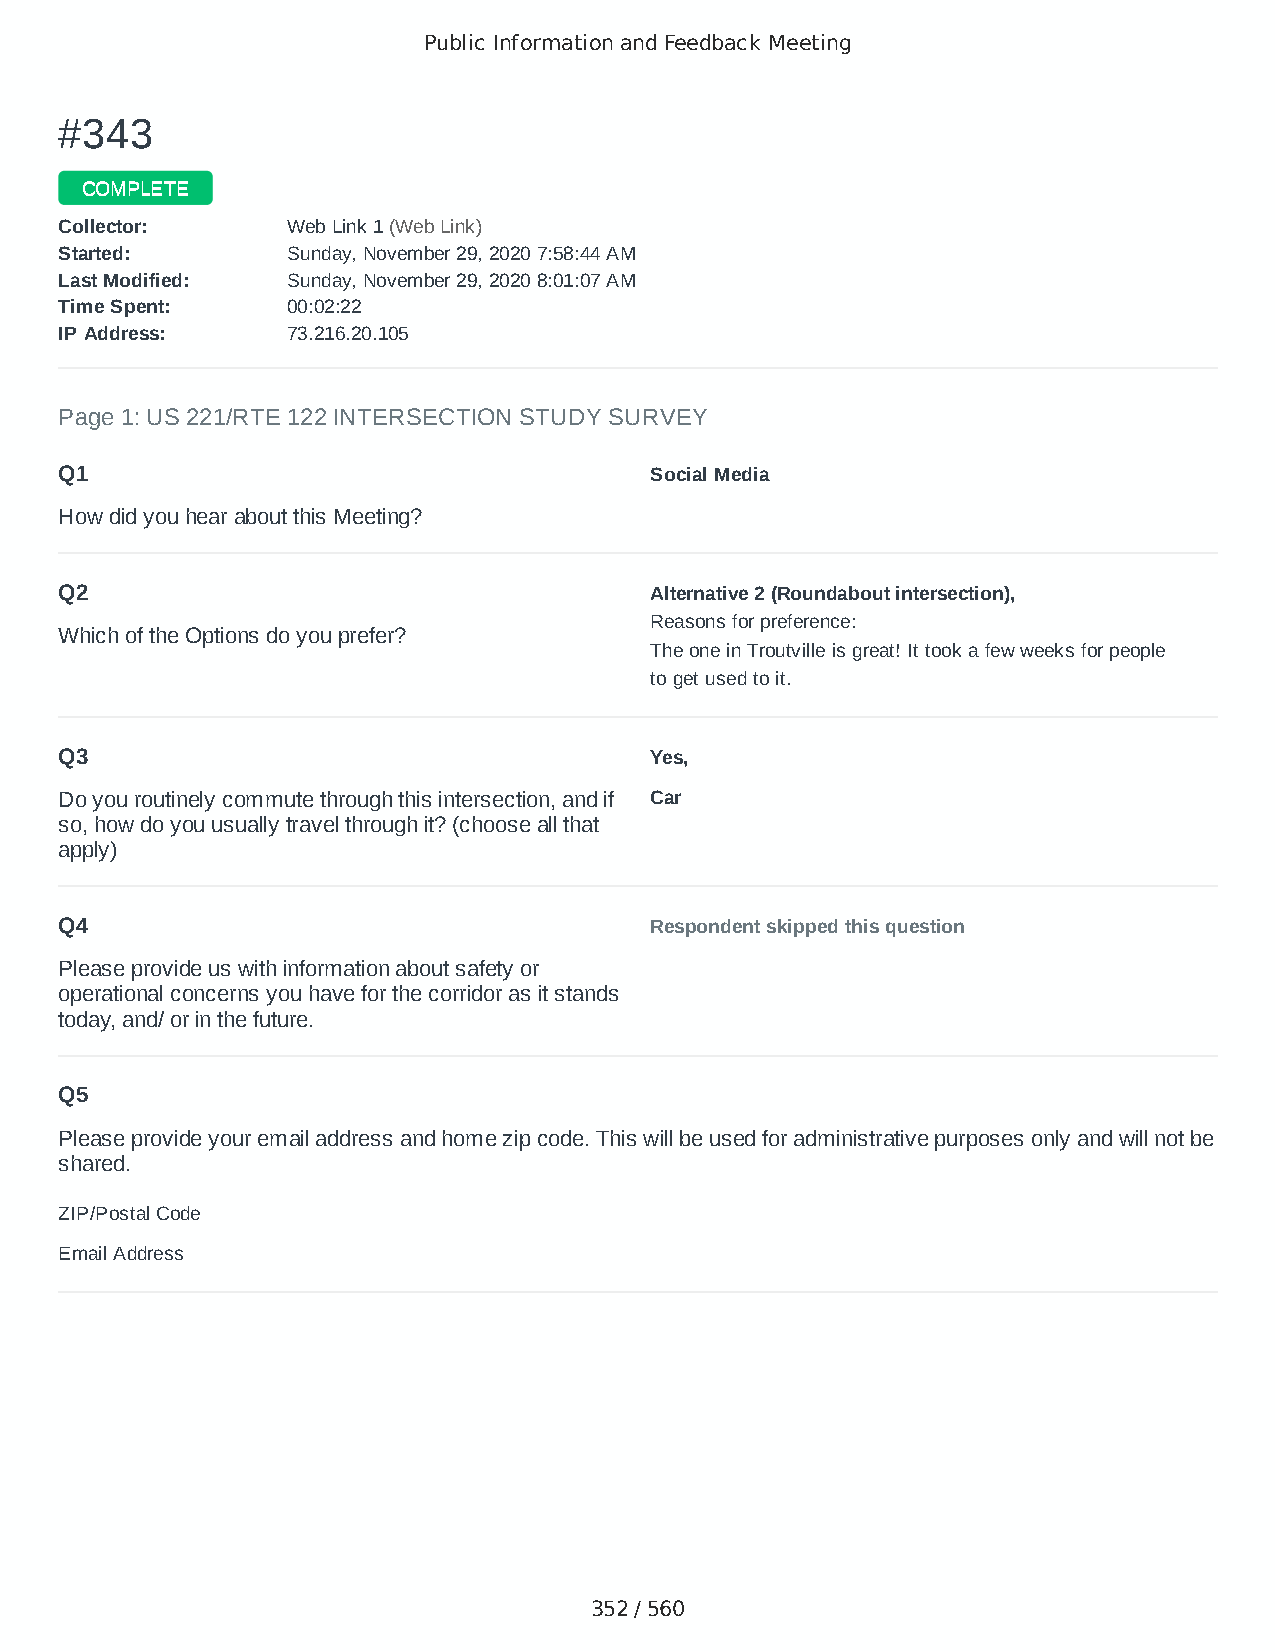
Public Information and Feedback Meeting
 ##334433
 CCOOMMPPLLEETTEE
 CCoolllleeccttoorr:: WWeebb LLiinnkk 11 ((WWeebb LLiinnkk))
 SSttaarrtteedd:: SSuunnddaayy,, NNoovveemmbbeerr 2299,, 22002200 77::5588::4444 AAMM
 LLaasstt MMooddiiffiieedd:: SSuunnddaayy,, NNoovveemmbbeerr 2299,, 22002200 88::0011::0077 AAMM
 TTiimmee SSppeenntt:: 0000::0022::2222
 IIPP AAddddrreessss:: 7733..221166..2200..110055
 Page 1: US 221/RTE 122 INTERSECTION STUDY SURVEY
 Q1                                     Social Media
 How did you hear about this Meeting?
 Q2                                     Alternative 2 (Roundabout intersection),
 Reasons for preference:
 Which of the Options do you prefer?
 The one in Troutville is great! It took a few weeks for people
 to get used to it.
 Q3                                     Yes,
 Do you routinely commute through this intersection, and if Car
 so, how do you usually travel through it? (choose all that
 apply)
 Q4                                     Respondent skipped this question
 Please provide us with information about safety or
 operational concerns you have for the corridor as it stands
 today, and/ or in the future.
 Q5
 Please provide your email address and home zip code. This will be used for administrative purposes only and will not be
 shared.
 ZIP/Postal Code                        24064
 Email Address                          jimmywilson50@gmail.com
 352 / 560